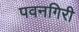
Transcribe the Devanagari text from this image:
पवनगिरी